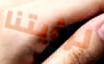
لرؤيتنا